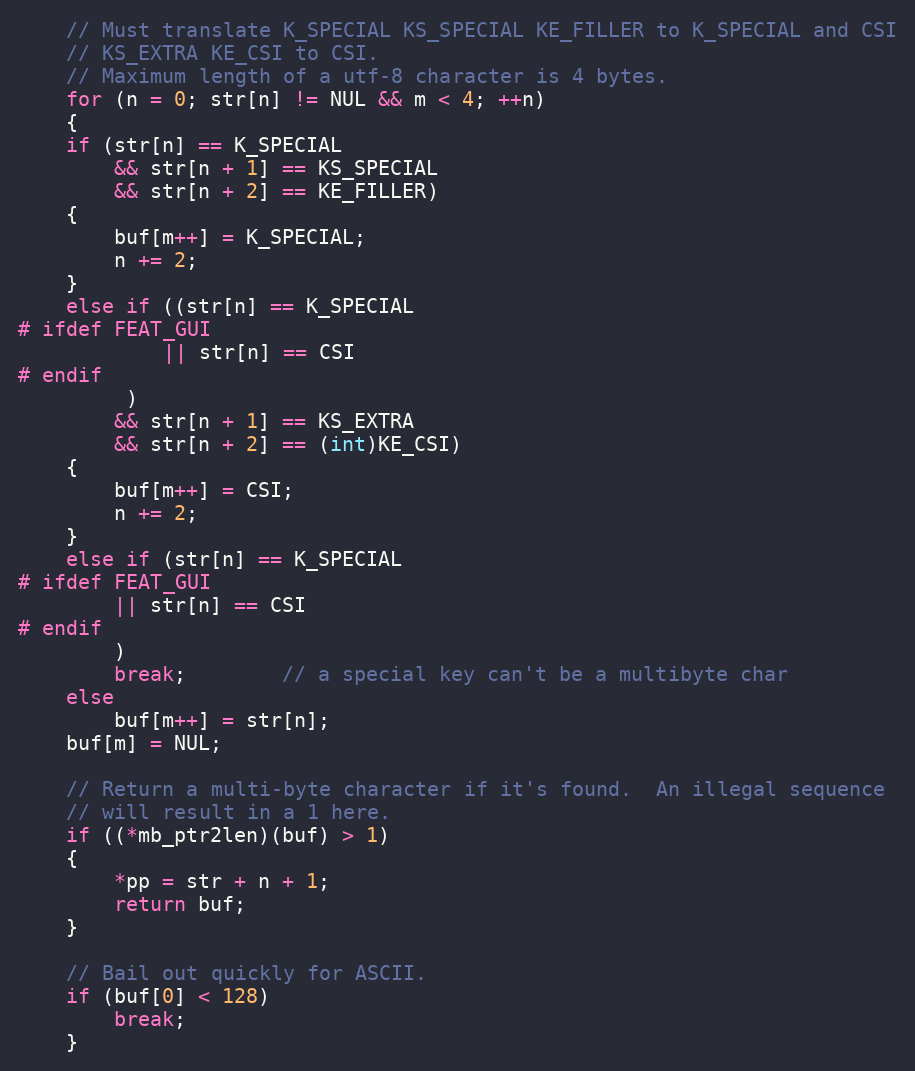
Language: C
    // Must translate K_SPECIAL KS_SPECIAL KE_FILLER to K_SPECIAL and CSI
    // KS_EXTRA KE_CSI to CSI.
    // Maximum length of a utf-8 character is 4 bytes.
    for (n = 0; str[n] != NUL && m < 4; ++n)
    {
	if (str[n] == K_SPECIAL
		&& str[n + 1] == KS_SPECIAL
		&& str[n + 2] == KE_FILLER)
	{
	    buf[m++] = K_SPECIAL;
	    n += 2;
	}
	else if ((str[n] == K_SPECIAL
# ifdef FEAT_GUI
		    || str[n] == CSI
# endif
		 )
		&& str[n + 1] == KS_EXTRA
		&& str[n + 2] == (int)KE_CSI)
	{
	    buf[m++] = CSI;
	    n += 2;
	}
	else if (str[n] == K_SPECIAL
# ifdef FEAT_GUI
		|| str[n] == CSI
# endif
		)
	    break;		// a special key can't be a multibyte char
	else
	    buf[m++] = str[n];
	buf[m] = NUL;

	// Return a multi-byte character if it's found.  An illegal sequence
	// will result in a 1 here.
	if ((*mb_ptr2len)(buf) > 1)
	{
	    *pp = str + n + 1;
	    return buf;
	}

	// Bail out quickly for ASCII.
	if (buf[0] < 128)
	    break;
    }